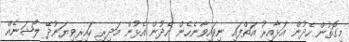
މިގޮތުން ހެދުން އަޅާއިރު އަތްފައި ނިވައިވާނެހެން ހެދުން އެޅުން މަދިރި ކައިރިވިޔަނުދޭ ލޯޝަނެއް